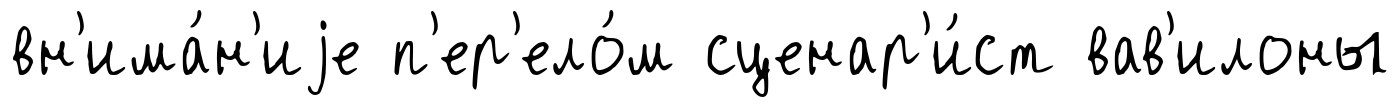
вн'има́н'иjе п'ер'ело́м сценар'и́ст вав'илоны